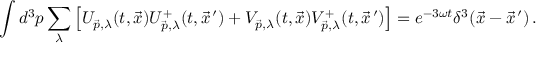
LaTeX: \int d ^ { 3 } p \sum _ { \lambda } \left[ U _ { \vec { p } , \lambda } ( t , \vec { x } ) U _ { \vec { p } , \lambda } ^ { + } ( t , \vec { x } ^ { \, \prime } ) + V _ { \vec { p } , \lambda } ( t , \vec { x } ) V _ { \vec { p } , \lambda } ^ { + } ( t , \vec { x } ^ { \, \prime } ) \right] = e ^ { - 3 \omega t } \delta ^ { 3 } ( \vec { x } - \vec { x } ^ { \, \prime } ) \, .